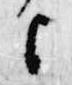
上